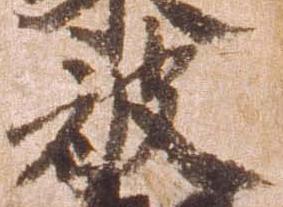
被